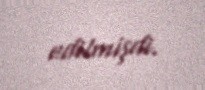
edilmişdi.